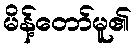
မိန့်တော်မူ၏